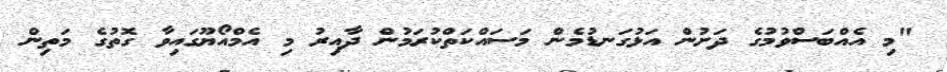
"މި އެއްބަސްވުމުގެ ދަށުން އަޅުގަނޑުމެން މަސައްކަތްކުރަމުން ދާއިރު މި އެމްއޯޔޫގައިވާ ގޮތުގެ މަތިން